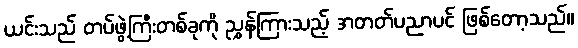
ယင်းသည် တပ်ဖွဲ့ကြီးတစ်ခုကို ညွှန်ကြားသည့် အတတ်ပညာပင် ဖြစ်တော့သည်။